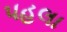
પહલા